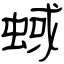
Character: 蜮